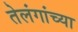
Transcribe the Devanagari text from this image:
तेलंगांच्या